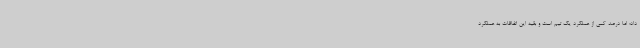
داد؛ اما درصد کمی از عملکرد یک تیم است و بقیه این اتفاقات به عملکرد